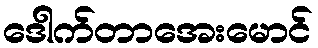
ဒေါက်တာအေးမောင်